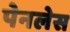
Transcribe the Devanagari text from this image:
पेनलेस